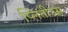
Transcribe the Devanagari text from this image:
प्लितीउस्